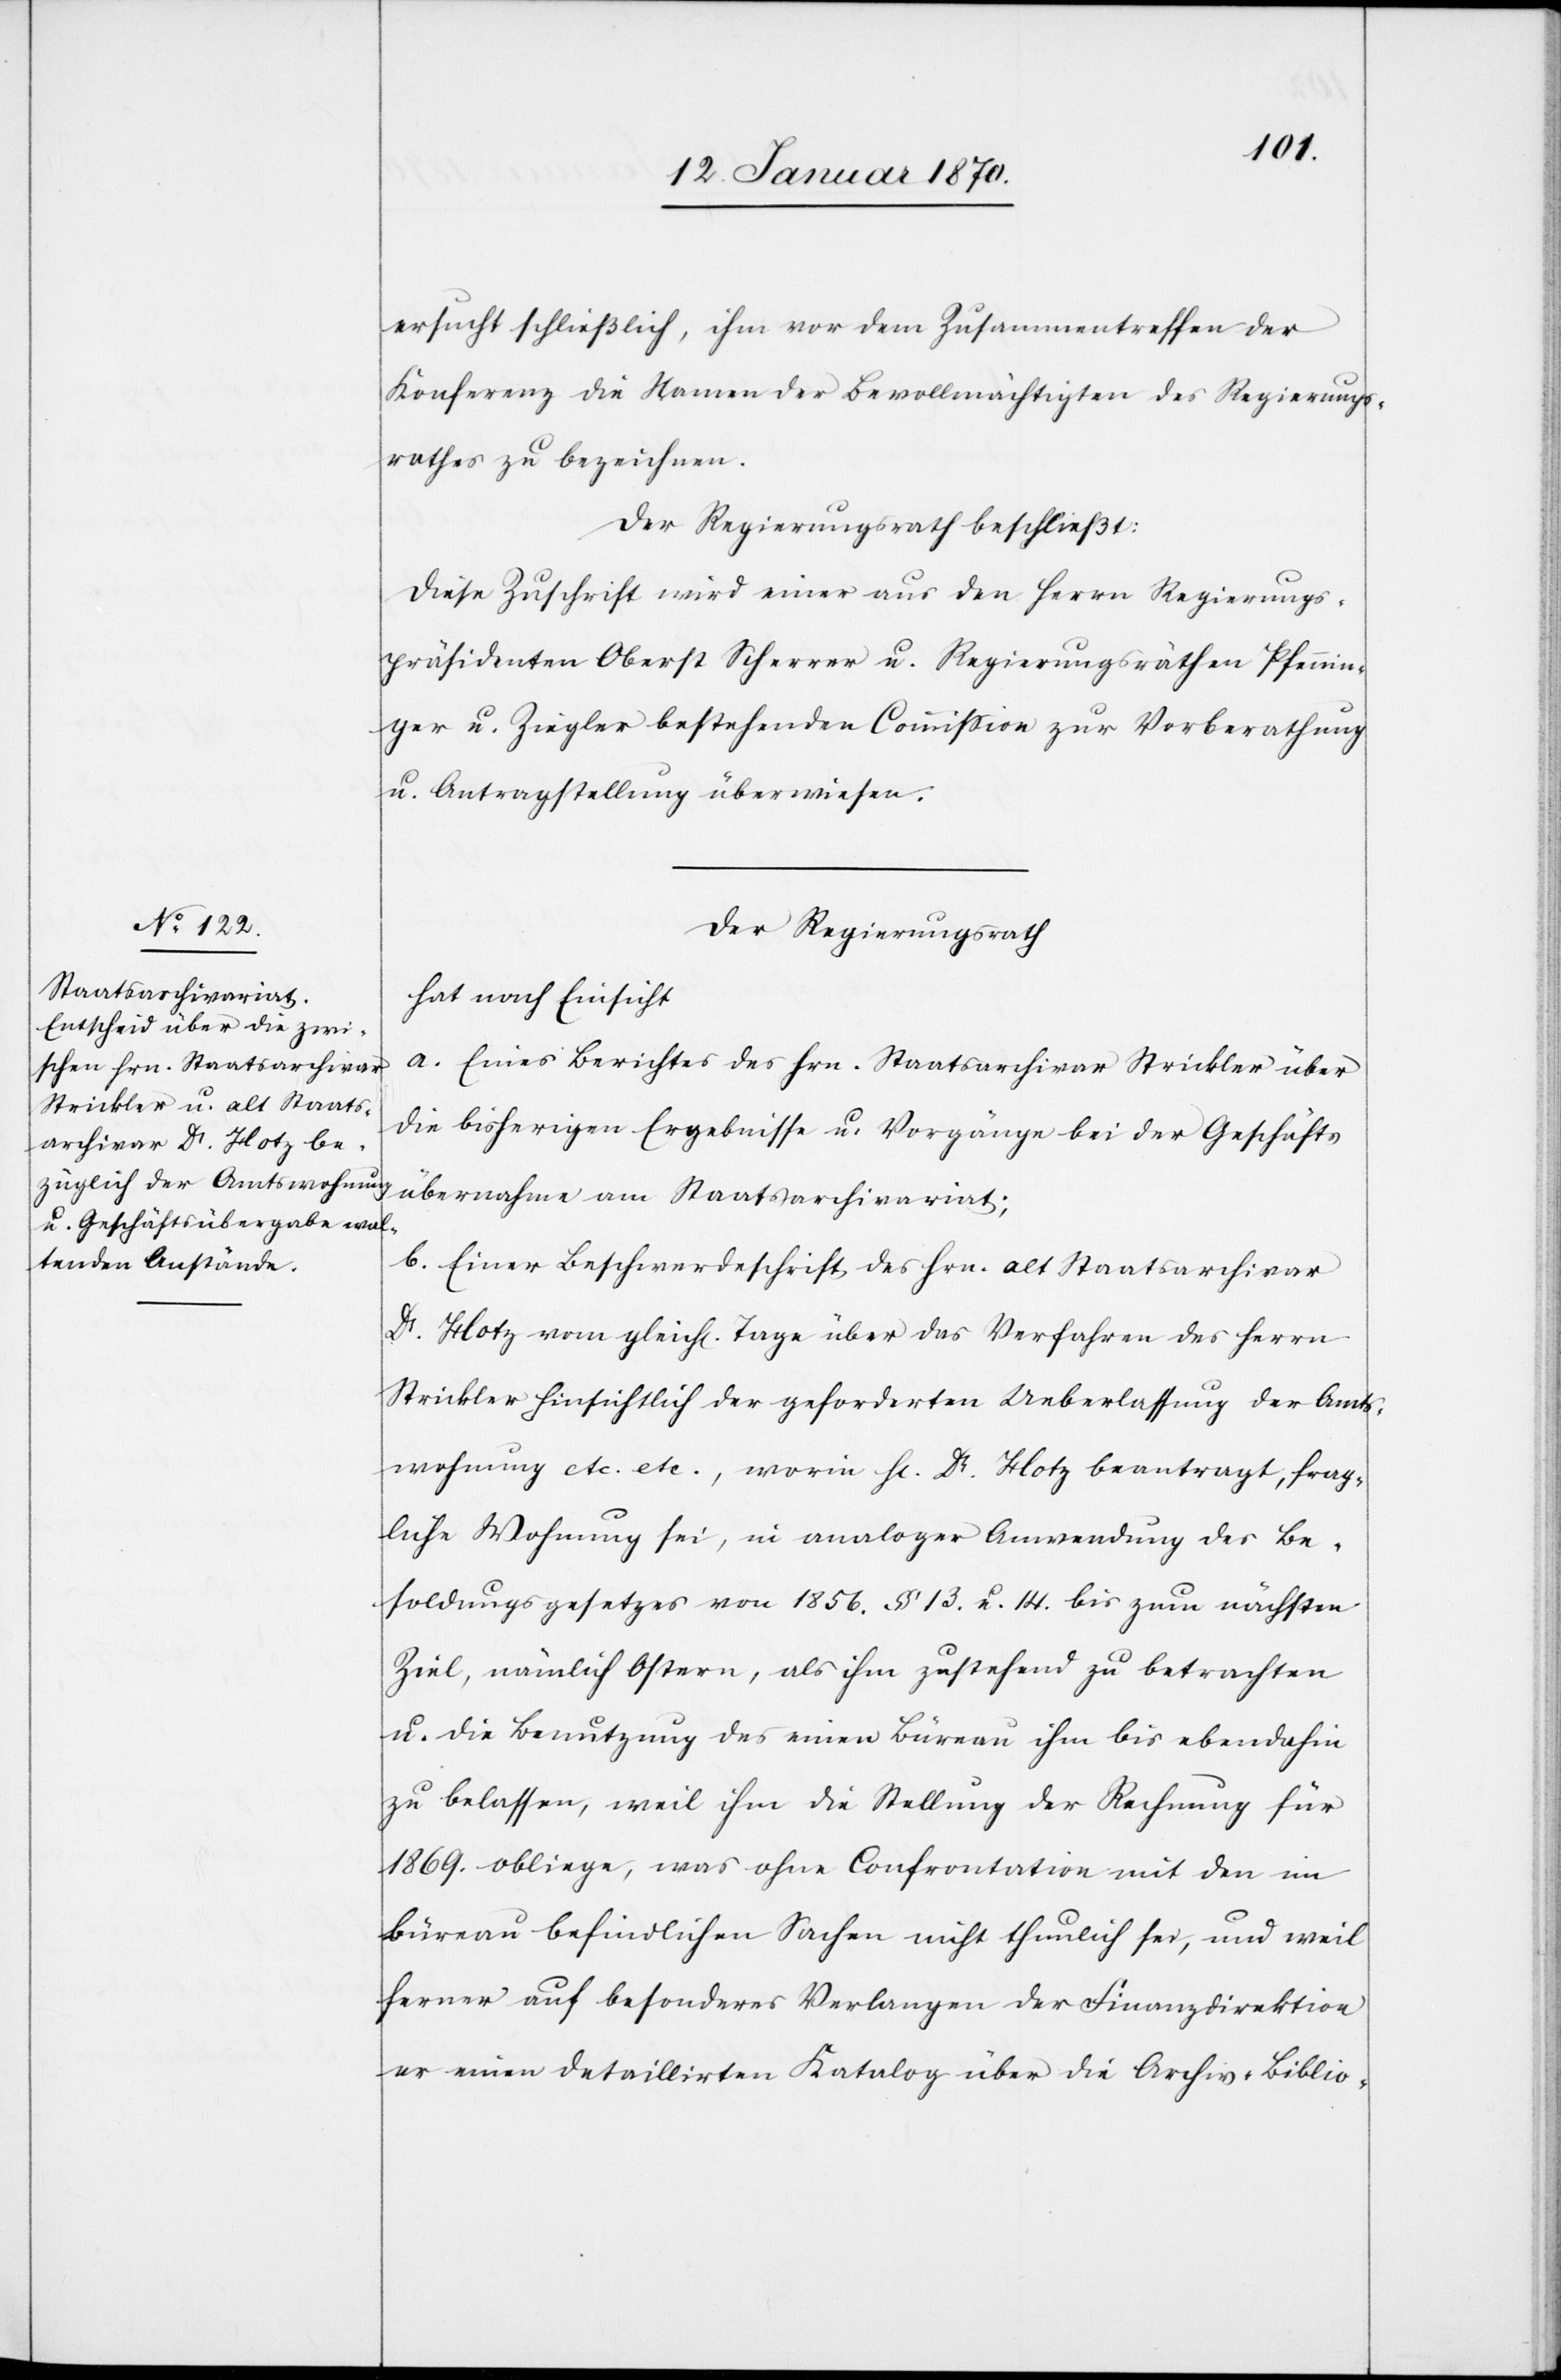
ersucht schließlich, ihm vor dem Zusammentreffen der
Konferenz die Namen der Bevollmächtigten des Regierungs¬
rathes zu bezeichnen.
Der Regierungsrath beschließt:
Diese Zuschrift wird einer aus den Herrn Regierungs¬
präsidenten Oberst Scherrer u. Regierungsräthen Pfennin¬
ger u. Ziegler bestehenden Commission zur Vorberathung
u. Antragstellung überwiesen.
Der Regierungsrath
hat nach Einsicht
a. Eines Berichtes des Hrn. Staatsarchivar Strickler über
die bisherigen Ergebnisse u. Vorgänge bei der Geschäfts¬
übernahme am Staatsarchivariat;
b. Einer Beschwerdeschrift des Hrn. alt Staatsarchivar
Dr. Hotz vom gleich[en] Tage über das Verfahren des Herrn
Strickler hinsichtlich der geforderten Ueberlassung der Amts¬
wohnung etc. etc., worin H[errn] Dr. Hotz beantragt, frag¬
liche Wohnung sei, in analoger Anwendung des Be¬
soldungsgesetzes von 1856. § 13 u. 14. bis zum nächsten
Ziel, nämlich Ostern, als ihm zustehend zu betrachten
u. die Benutzung des einen Büreau ihm bis ebendahin
zu belassen, weil ihm die Stellung der Rechnung für
1869. obliege, was ohne Confrontation mit den im
Büreau befindlichen Sachen nicht thunlich sei, und weil
ferner auf besonderes Verlangen der Finanzdirektion
er einen detaillirten Katalog über die Archiv-Biblio-